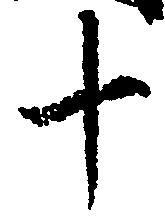
十